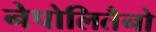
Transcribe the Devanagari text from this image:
नेपोलितैनो